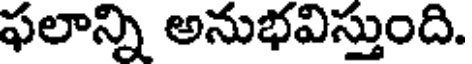
ఫలాన్ని అనుభవిస్తుంది.